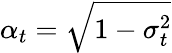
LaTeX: \alpha_{t}=\sqrt{1-\sigma_{t}^{2}}